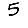
Digit: 5